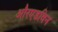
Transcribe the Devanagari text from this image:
औरएडविन